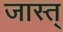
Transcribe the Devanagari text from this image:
जास्त्‌